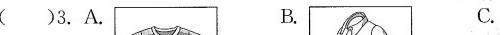
( )3.A. B. C.